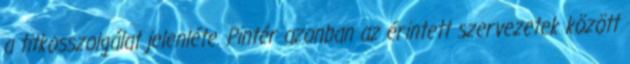
a titkosszolgálat jelenléte. Pintér azonban az érintett szervezetek között